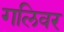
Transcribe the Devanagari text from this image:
गलिवर